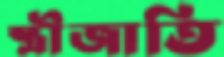
স্ত্রীজাতি